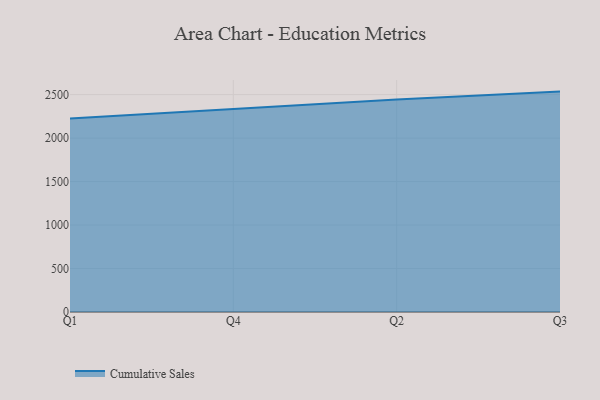
{"axis": {"x": "Quarter", "y": "Population (Million)"}, "legend": ["Cumulative Sales"], "data": [{"x": "Q1", "y": 2226.8, "type": "Cumulative Sales"}, {"x": "Q4", "y": 2334.9, "type": "Cumulative Sales"}, {"x": "Q2", "y": 2443.0, "type": "Cumulative Sales"}, {"x": "Q3", "y": 2534.8, "type": "Cumulative Sales"}]}